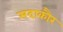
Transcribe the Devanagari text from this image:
सदाकौर